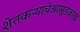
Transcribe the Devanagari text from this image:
शेतकऱ्याचेआसूडकाव्य